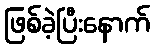
ဖြစ်ခဲ့ပြီးနောက်